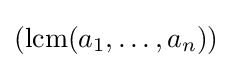
(\operatorname {lcm} (a_{1},\ldots ,a_{n}))